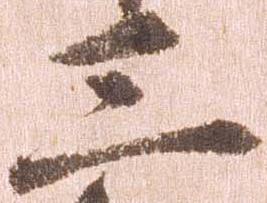
三